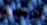
اتريدين